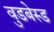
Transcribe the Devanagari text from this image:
वुडबेस्ड